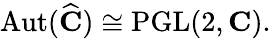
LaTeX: \operatorname{Aut}({\widehat{\mathbf{C}}})\cong\operatorname{PGL}(2,\mathbf{C}).